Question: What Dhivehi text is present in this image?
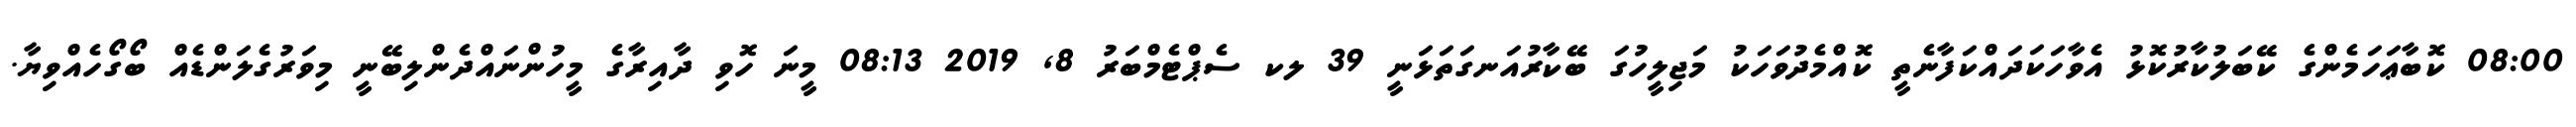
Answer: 08:00 ކޮބާޢަހަމެންގެ ކޭބަލުކާރުކޮޅު އެވާހަކަދައްކަފާނެތީ ކޮއްމެދުވަހަކު މަޖިލީހުގަ ބޭކާރުއަނގަތަޅަނީ 39 ލކ ސެޕްޓެމްބަރު 8, 2019 08:13 މީނަ ހޮވި ދާއިރާގެ މީހުންނައްދެންލިބޭނީ މިވަރުގެލަންޑެއް ބޯގޯހެއްވިޔާ.